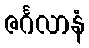
ဇင်္ဂလာနံ